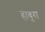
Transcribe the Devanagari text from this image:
हाबूरा